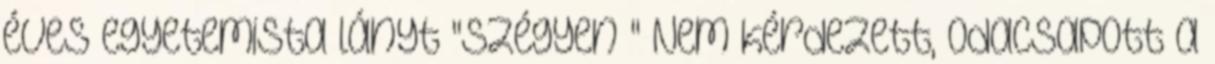
éves egyetemista lányt "Szégyen " Nem kérdezett, odacsapott a